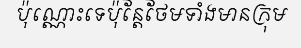
ប៉ុណ្ណោះទេប៉ុន្តែថែមទាំងមានក្រុម